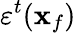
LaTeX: \varepsilon^{t}(\mathbf{x}_{f})